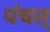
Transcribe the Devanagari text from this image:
पंचत्‌